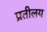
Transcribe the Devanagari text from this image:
प्रतीलय